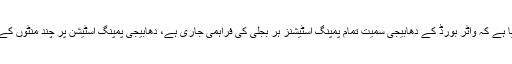
دوسری جانب کے الیکٹرک نے واضح کیا ہے کہ واٹر بورڈ کے دھابیجی سمیت تمام پمپنگ اسٹیشنز ہر بجلی کی فراہمی جاری ہے، دھابیجی پمپنگ اسٹیشن پر چند منٹوں کے تعطل کو بلا تاخیر درست کردیا گیا ہے۔